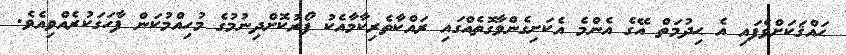
ޙައްޤަކަށްވެފައި އެ ޙިދުމަތް އޭގެ އެންމެ އެކަށިގެންވާގޮތެއްގައި ރައްކާތެރިކާމާއެކު ފޯރުކޮށްދިނުމުގެ މުހިއްމުކަން ފާހަގަކުރެއްވިއެވެ.